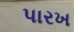
પારખ